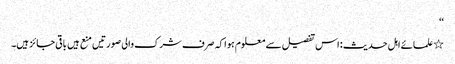
‘‘
٭علمائے اہل حدیث : اس تفصیل سے معلوم ہوا کہ صرف شرک والی صورتیں منع ہیں باقی جائز ہیں۔